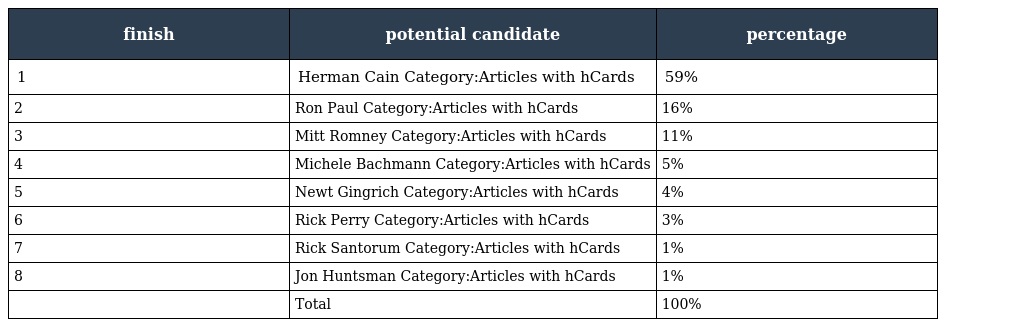
| finish | potential candidate | percentage |
 | --- | --- | --- |
 | 1 | Herman Cain Category:Articles with hCards | 59% |
 | 2 | Ron Paul Category:Articles with hCards | 16% |
 | 3 | Mitt Romney Category:Articles with hCards | 11% |
 | 4 | Michele Bachmann Category:Articles with hCards | 5% |
 | 5 | Newt Gingrich Category:Articles with hCards | 4% |
 | 6 | Rick Perry Category:Articles with hCards | 3% |
 | 7 | Rick Santorum Category:Articles with hCards | 1% |
 | 8 | Jon Huntsman Category:Articles with hCards | 1% |
 |  | Total | 100% |